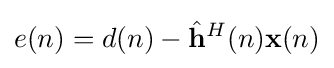
e(n)=d(n)-{\hat {\mathbf {h} }}^{H}(n)\mathbf {x} (n)